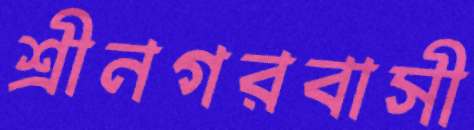
শ্রীনগরবাসী